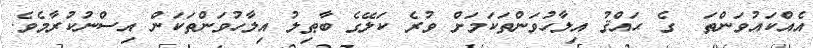
އެއްކައުވަންތަ  ގެ ޙައްޤު އިލާހުވަންތަކަމަށް ވުރެ ކަލޭގެ ބާޠިލު އިލާހުވަންތަކަން އިސްނުކުރާމެވެ.